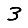
Digit: 3